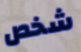
شخص